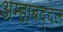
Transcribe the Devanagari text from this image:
अम्हाबद्दल